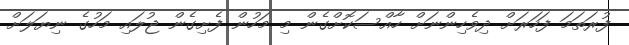
ފުރަތަމަ ފަހަރަށް ދިވެހިންނަށް ހާއްސަކޮށްގެން މި މަހުން ފެށިގެން ޖުލައި މަހުގެ ނިޔަލަށް